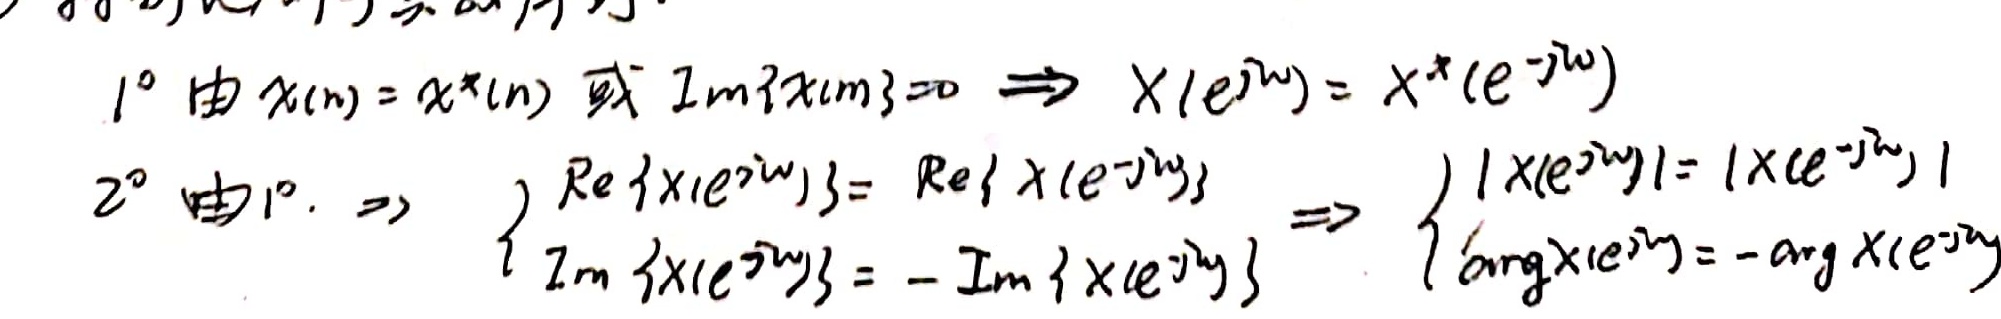
$1^{\circ}$ 由 \(x(n)=x^{*}(n)\) 或 \(\text{Im}\{x(n)\}=0\Rightarrow X(e^{j\omega}) = X^{*}(e^{-j\omega})\)

$2^{\circ}$ 由 \(1^{\circ}\Rightarrow\)
\(\begin{cases}
\text{Re}\{X(e^{j\omega})\}=\text{Re}\{X(e^{-j\omega})\}\\
\text{Im}\{X(e^{j\omega})\}=-\text{Im}\{X(e^{-j\omega})\}
\end{cases}\Rightarrow\)
\(\begin{cases}
|X(e^{j\omega})| = |X(e^{-j\omega})|\\
\text{arg}X(e^{j\omega})=-\text{arg}X(e^{-j\omega})
\end{cases}\)